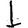
Digit: 1